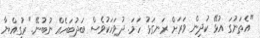
"އެތަނުގަ އުޅޭ ކުދިން ވަރަށް ރަނގަޅު ހަމަ. ދުވަހަކުވެސް ބަދުބަހެއް ނުބުނޭ." ރުގިއްޔާ